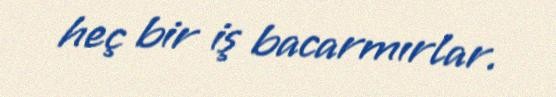
heç bir iş bacarmırlar.